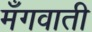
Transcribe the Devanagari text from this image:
मँगवाती